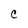
Character: C